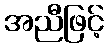
အညီဖြင့်